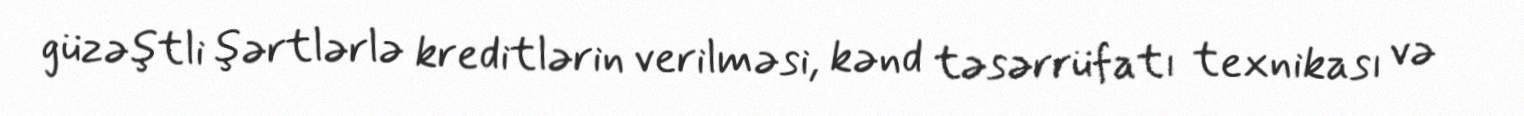
güzəştli şərtlərlə kreditlərin verilməsi, kənd təsərrüfatı texnikası və